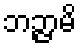
ဘဉ္ဇာမိ